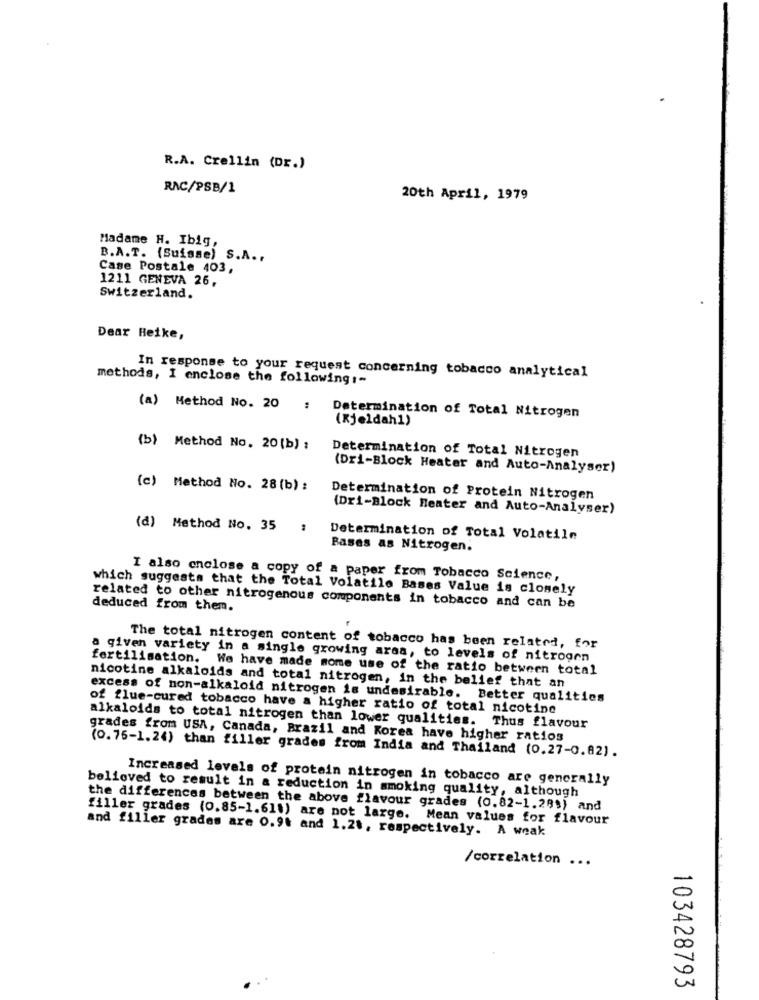
R.A. Crellin (Dr.)
RAC/PSB/1
20th April, 1979
Madame H. Ibig,
B.A.T. (Suisse) S.A ..
Case Postale 403,
1211 GENEVA 26,
Switzerland.
Dear Heike,
methods, I enclose the following :-
In response to your request concerning tobacco analytical
(a) Method No. 20
: Determination of Total Nitrogen
(Kjeldah1)
(b) Method No. 20[b) ;
Determination of Total Nitrogen
(Dri-Block Heater and Auto-Analyser)
(c) Method No. 28 (b) :
Determination of Protein Nitrogen
(Dri-Block heater and Auto-Analyser)
(d) Method No. 35 :
Determination of Total Volatile
Bases as Nitrogen.
I also enclose a copy of a paper from Tobacco Science,
which suggests that the Total Volatile Bases Value is closely
related to other nitrogenous components in tobacco and can be
deduced from them.
The total nitrogen content of tobacco has been related, for
a given variety in a single growing area, to levels of nitrogen
fertilisation. We have made mome use of the ratio between total
nicotine alkaloids and total nitrogen, in the belief that an
excess of non-alkaloid nitrogen is undesirable. Better qualities
of flue-cured tobacco have a higher ratio of total nicotine
alkaloids to total nitrogen than lower qualities. Thus flavour
grades from USA, Canada, Brazil and Korea have higher ratios
(0.76-1.24) than filler grades from India and Thailand (0.27-0.82).
Increased levels of protein nitrogen in tobacco are generally
believed to result in a reduction in smoking quality, although
the differences between the above flavour grades (0.82-1.201) and
filler grades (0.85-1.611) are not large. Mean values for flavour
and filler grades are 0.91 and 1.2%, respectively. A weak
/correlation ...
103428793